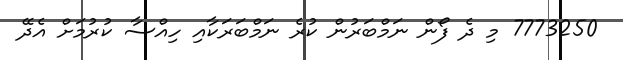
7773250 މި ދެ ފޯން ނަމްބަރުން ކުރެ ނަމްބަރަކާއި ހިއްސާ ކުރުމަށް އެދޭ